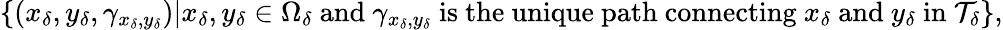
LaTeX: \{ (x_{\delta},y_{\delta},\gamma_{x_{\delta},y_{\delta}})|x_{\delta},y_{\delta}\in\Omega_{\delta}\mathrm{~and~}\gamma_{x_{\delta},y_{\delta}}\mathrm{~is~the~unique~path~connecting~}x_{\delta}\mathrm{~and~}y_{\delta}\mathrm{~in~}\mathcal{T}_{\delta}\} ,